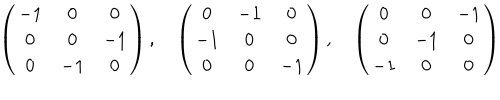
\left( \begin{array} { c c c } { { - 1 } } & { { 0 } } & { { 0 } } \\ { { 0 } } & { { 0 } } & { { - 1 } } \\ { { 0 } } & { { - 1 } } & { { 0 } } \\ \end{array} \right) , \quad \left( \begin{array} { c c c } { { 0 } } & { { - 1 } } & { { 0 } } \\ { { - 1 } } & { { 0 } } & { { 0 } } \\ { { 0 } } & { { 0 } } & { { - 1 } } \\ \end{array} \right) , \quad \left( \begin{array} { c c c } { { 0 } } & { { 0 } } & { { - 1 } } \\ { { 0 } } & { { - 1 } } & { { 0 } } \\ { { - 1 } } & { { 0 } } & { { 0 } } \\ \end{array} \right)